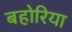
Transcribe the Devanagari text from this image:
बहोरिया